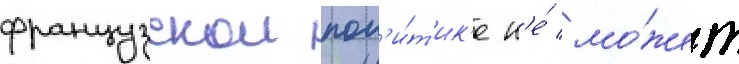
французскои пол'и́т'ик'е н'е́ мо́жет